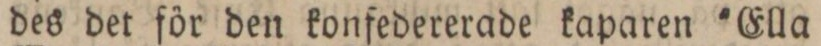
des det för den konfedererade kaparen 'Ella